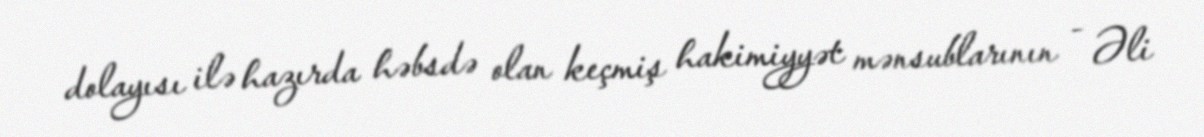
dolayısı ilə hazırda həbsdə olan keçmiş hakimiyyət mənsublarının - Əli